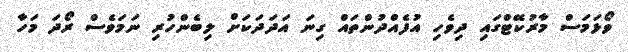
ވޯޅަމަސް މާރުކޭޓްގައި ދިވެހި އުފެއްދުންތައް ގިނަ އަދަދަކަށް ލިބެންހުރި ނަަމަވެސް ރޯދަ މަހާ